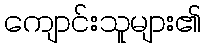
ကျောင်းသူများ၏